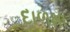
દાળમા